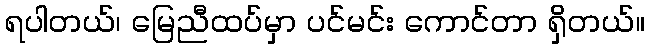
ရပါတယ်၊ မြေညီထပ်မှာ ပင်မင်း ကောင်တာ ရှိတယ်။